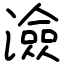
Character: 澰